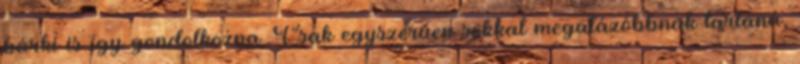
bárki is így gondolkozna. Csak egyszerűen sokkal megalázóbbnak tartaná,